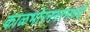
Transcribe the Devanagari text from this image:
काळभोरनगरमध्ये